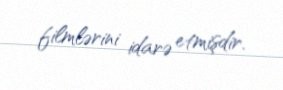
filmlərini idarə etmişdir.